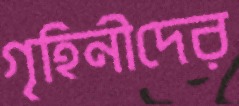
গৃহিনীদের